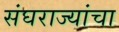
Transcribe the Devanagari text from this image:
संघराज्यांचा